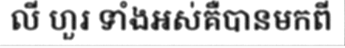
លី ហួរ ទាំងអស់គឺបានមកពី